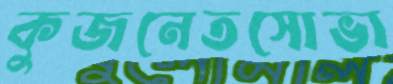
কুজনেতসোভা